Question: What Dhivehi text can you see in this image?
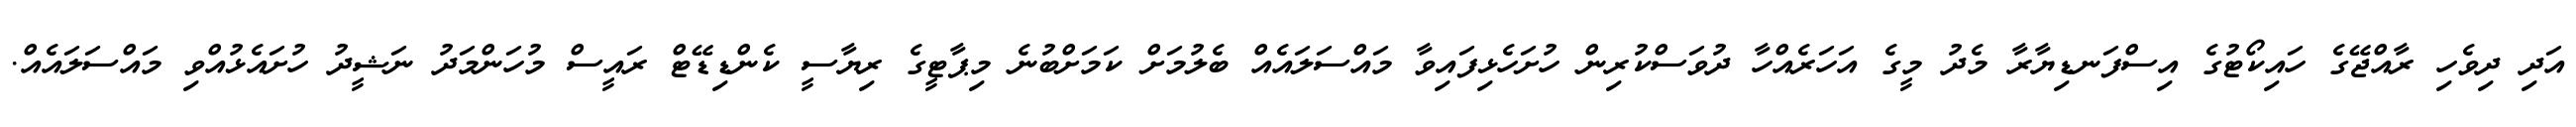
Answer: އަދި ދިވެހި ރާއްޖޭގެ ހައިކޯޓުގެ އިސްފަނޑިޔާރާ މެދު މީގެ އަހަރެއްހާ ދުވަސްކުރިން ހުށަހެޅިފައިވާ މައްސަލައެއް ބެލުމަށް ކަމަށްބުނެ މިޕާޓީގެ ރިޔާސީ ކެންޑިޑޭޓް ރައީސް މުހަންމަދު ނަޝީދު ހުށައެޅުއްވި މައްސަލައެއް.